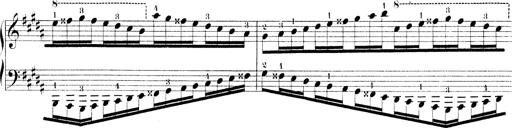
Title: Technische Studien
Composer: Franz Liszt